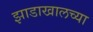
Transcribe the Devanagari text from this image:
झाडाखालच्या